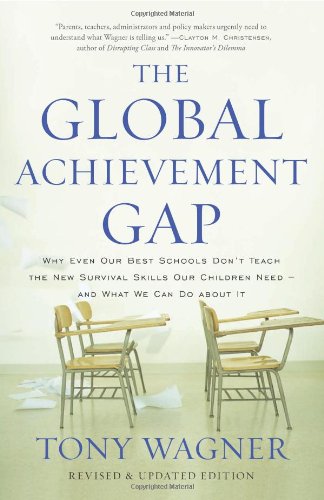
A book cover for The Global Achievement Gap: Why Even Our Best Schools DonEEt Teach the New Survival Skills Our Children NeedEEand What We Can Do About It; Tony Wagner; Education & Teaching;